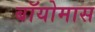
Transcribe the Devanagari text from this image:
बॉयोमास